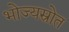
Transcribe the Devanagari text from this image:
भोज्यस्रोत